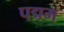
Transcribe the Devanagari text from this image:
पद्मम